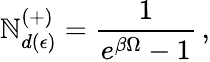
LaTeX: {\cal\mathbb{N}}_{d(\epsilon)}^{(+)}=\frac{{1}}{{e^{\beta\Omega}-1}}\, ,